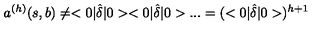
a ^ { ( h ) } ( s , b ) \neq < 0 | \hat { \delta } | 0 > < 0 | \hat { \delta } | 0 > . . . = ( < 0 | \hat { \delta } | 0 > ) ^ { h + 1 }